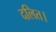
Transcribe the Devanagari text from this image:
दलित।